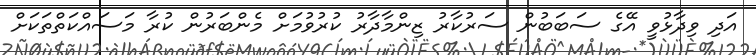
އަދި ވިދާޅުވީ އޭގެ ސަބަބުން ސަރުކާރު ޒިންމާދާރު ކުރުވުމަށް މެންބަރުން ކުރާ މަސައްކަތްތަކަށް